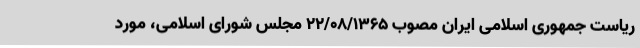
ریاست جمهوری اسلامی ایران مصوب ۲۲/۰۸/۱۳۶۵ مجلس شورای اسلامی، مورد